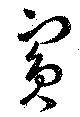
賓